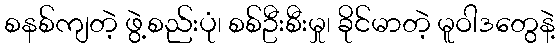
စနစ်ကျတဲ့ ဖွဲ့စည်းပုံ၊ စစ်ဦးစီးမှု၊ ခိုင်မာတဲ့ မူဝါဒတွေနဲ့